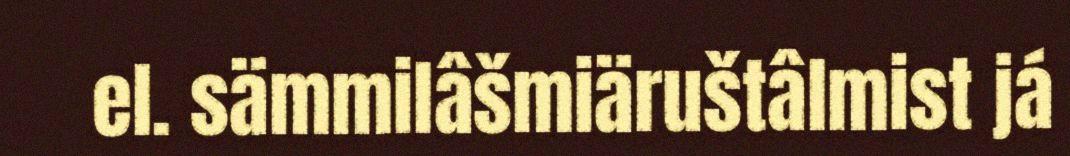
el. sämmilâšmiäruštâlmist já